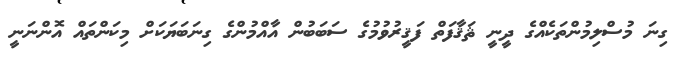
ގިނަ މުސްލިމުންތަކެއްގެ ދީނީ ޘަޤާފަތް ފަޤީރުވުމުގެ ސަބަބުން އާއްމުންގެ ގިނަބަޔަކަށް މިކަންތައް އޮންނަނީ